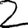
Digit: 2